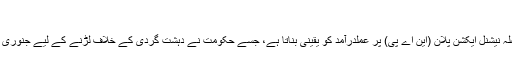
"
انہوں نے کہا کہ یہ فیصلہ نیشنل ایکشن پلان (این اے پی) پر عملدرآمد کو یقینی بناتا ہے، جسے حکومت نے دہشت گردی کے خلاف لڑنے کے لیے جنوری 2015 میں نافذ کیا تھا۔